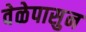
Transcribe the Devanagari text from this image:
वेळेपासुन